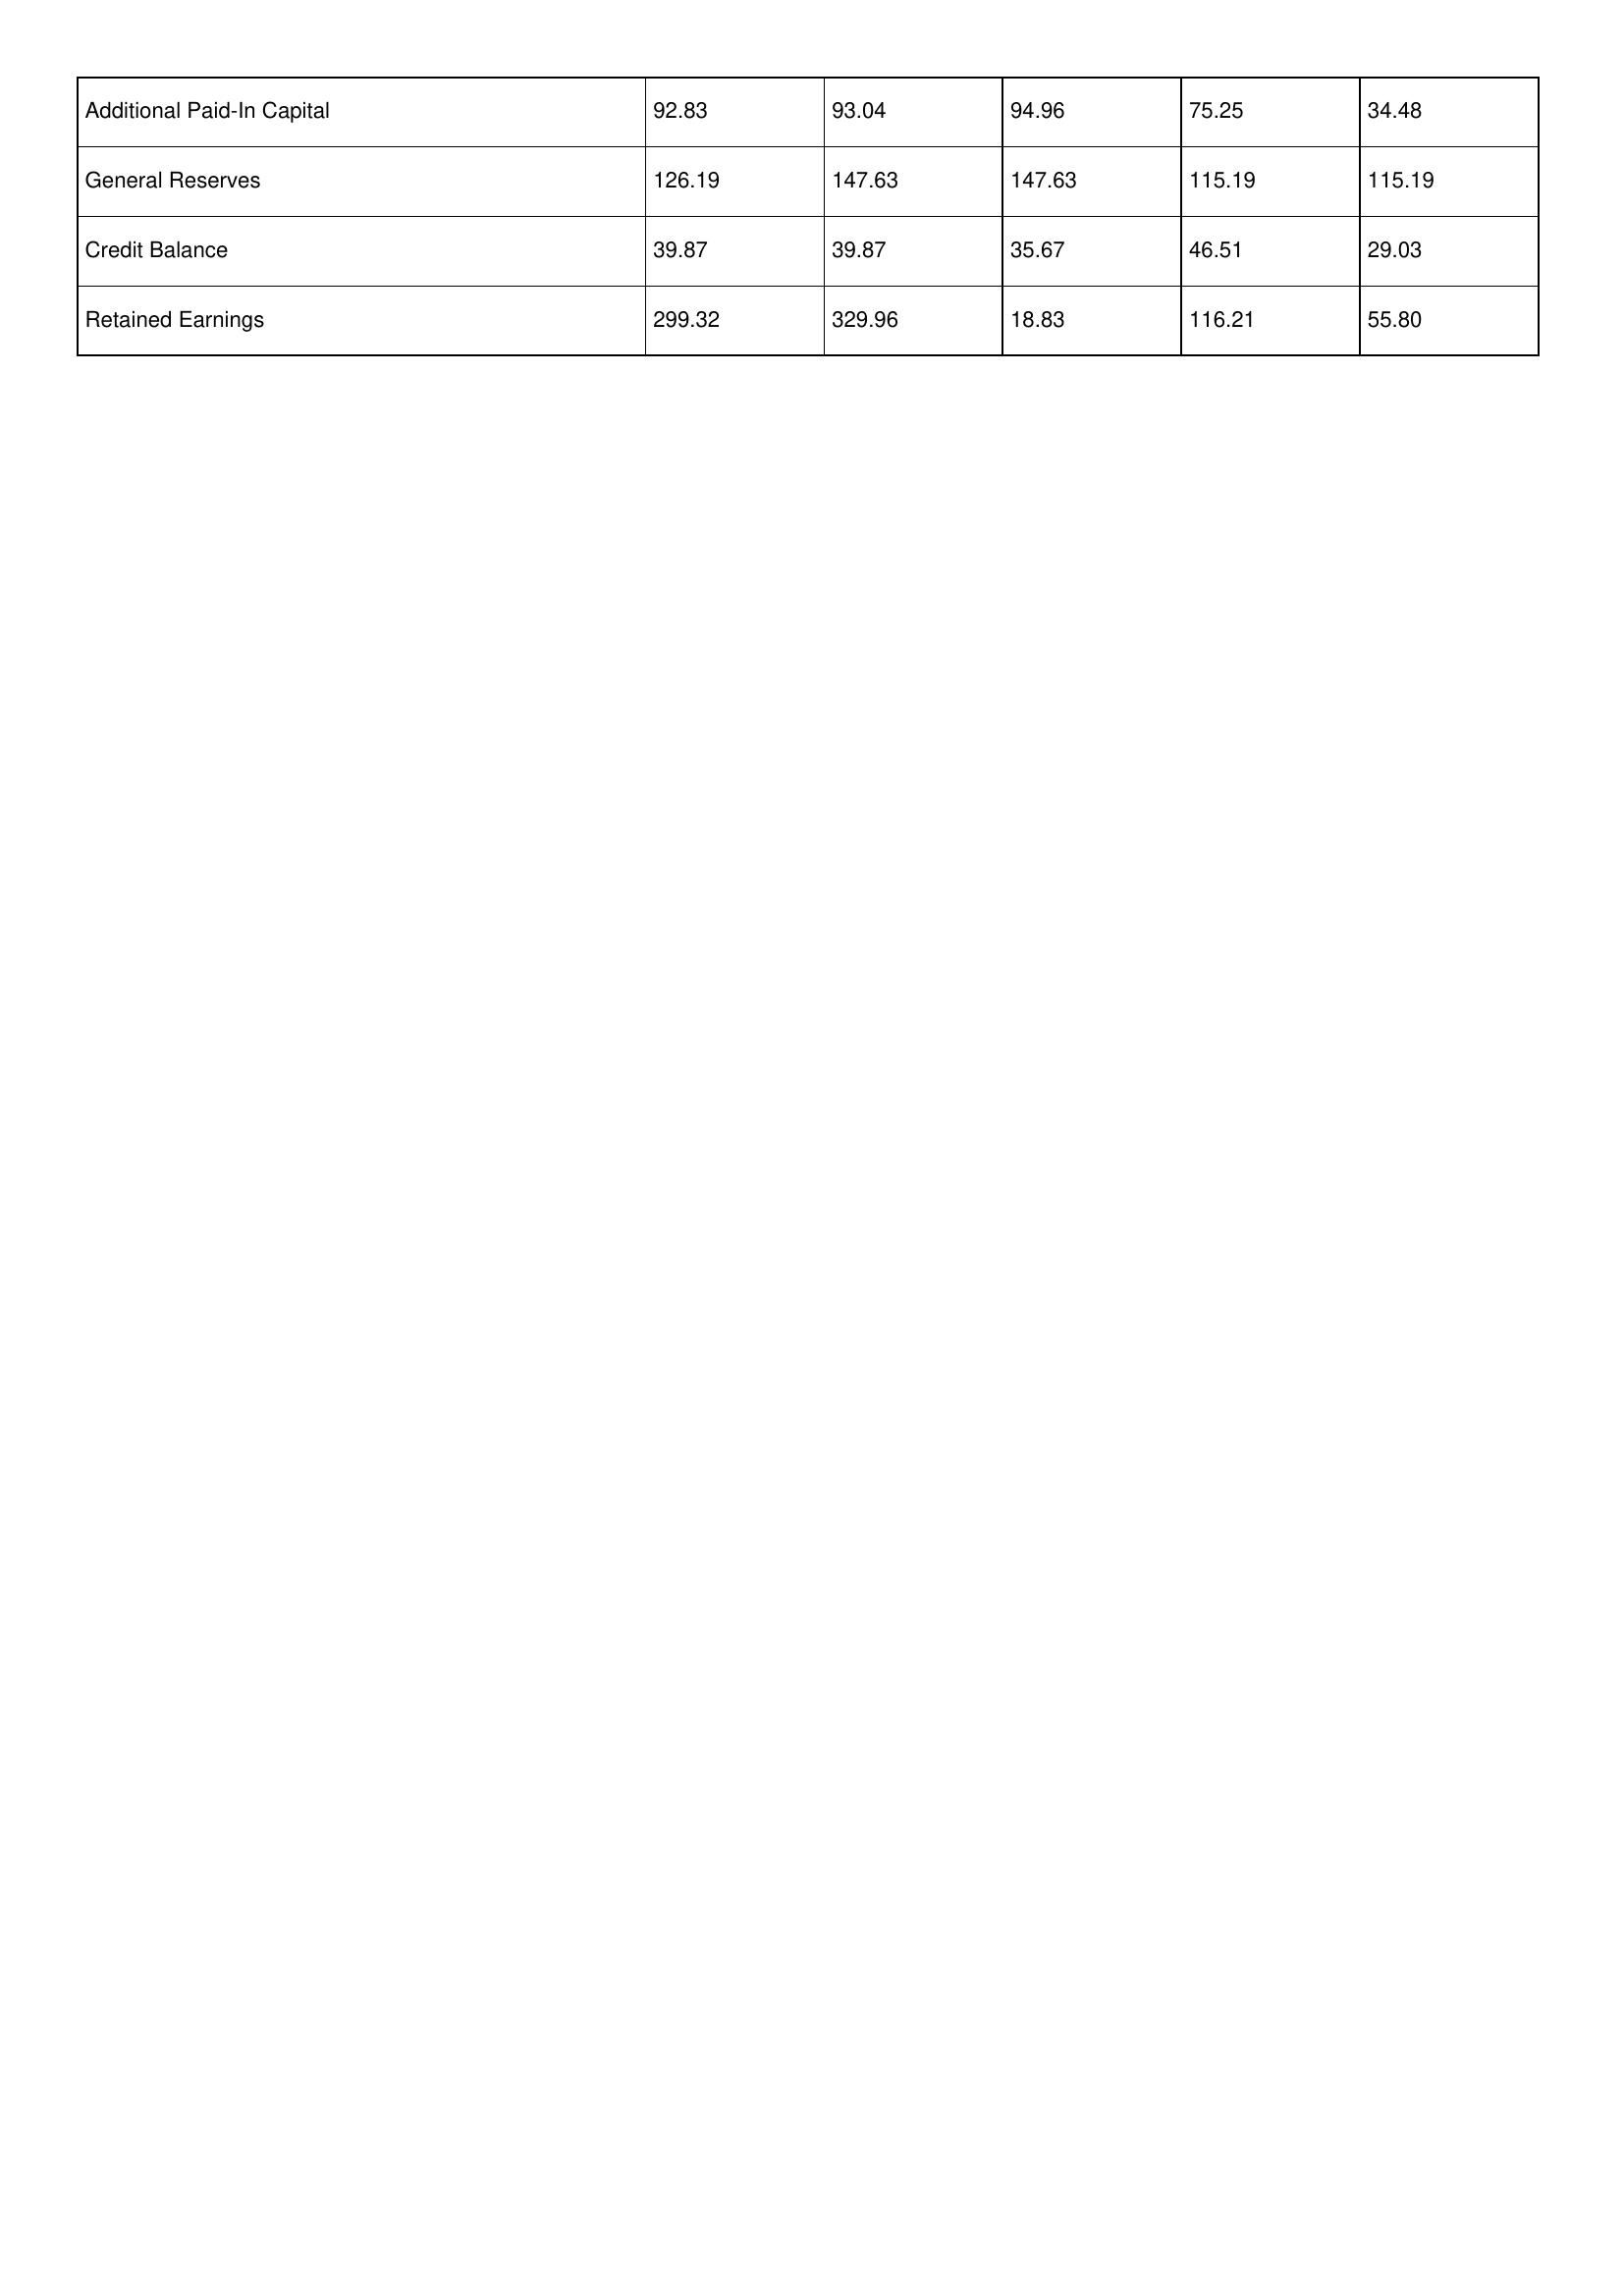
gt_parse: 2015: Additional Paid-In Capital: 92.83
General Reserves: 126.19
Credit Balance: 39.87
Retained Earnings: 299.32
2014: Additional Paid-In Capital: 93.04
General Reserves: 147.63
Credit Balance: 39.87
Retained Earnings: 329.96
2013: Additional Paid-In Capital: 94.96
General Reserves: 147.63
Credit Balance: 35.67
Retained Earnings: 18.83
2012: Additional Paid-In Capital: 75.25
General Reserves: 115.19
Credit Balance: 46.51
Retained Earnings: 116.21
2011: Additional Paid-In Capital: 34.48
General Reserves: 115.19
Credit Balance: 29.03
Retained Earnings: 55.80